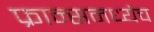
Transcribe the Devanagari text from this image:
फ्रान्समध्येच